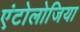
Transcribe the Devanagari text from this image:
एंटोलोजिया